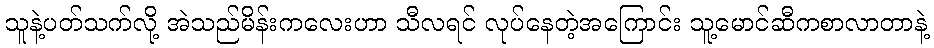
သူနဲ့ပတ်သက်လို့ အဲသည်မိန်းကလေးဟာ သီလရင် လုပ်နေတဲ့အကြောင်း သူ့မောင်ဆီကစာလာတာနဲ့